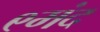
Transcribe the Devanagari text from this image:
९मंद